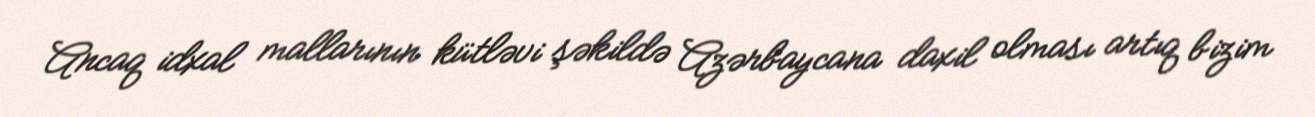
Ancaq idxal mallarının kütləvi şəkildə Azərbaycana daxil olması artıq bizim